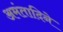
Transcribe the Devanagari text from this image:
अमंतादिने